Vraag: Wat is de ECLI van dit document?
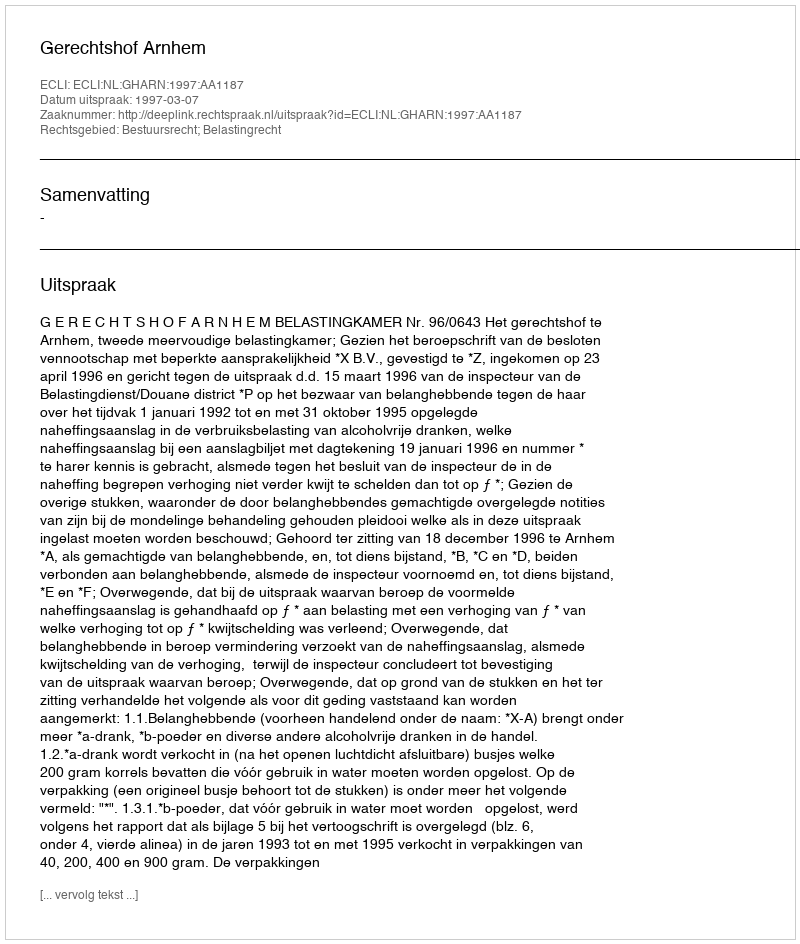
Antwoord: ECLI:NL:GHARN:1997:AA1187